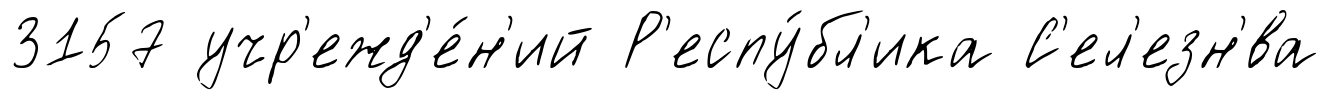
3157 учр'ежд'е́н'ий Р'еспу́бл'ика С'ел'езн'́ва